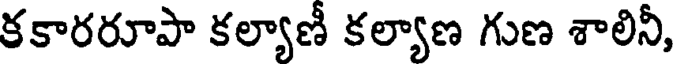
కకారరూపా కల్యాణీ కల్యాణ గుణ శాలినీ,